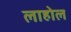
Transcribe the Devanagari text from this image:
लाहोल